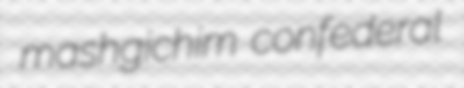
mashgichim confederal